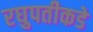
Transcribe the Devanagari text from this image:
रघुपतीकडे